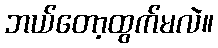
ဘယ်တော့ထွက်မလဲ။